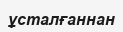
ұсталғаннан